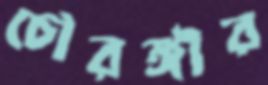
চৌরঙ্গীর